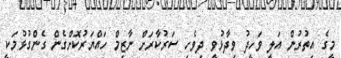
މީގެ އިތުރުން އަލީ ވަހީދު ވިދާޅުވީ ދިވެހި ސަރުކާރަށް ނާޒިމް ހައްޔަރުކޮށްގެން ގެންގުޅުމަކީ